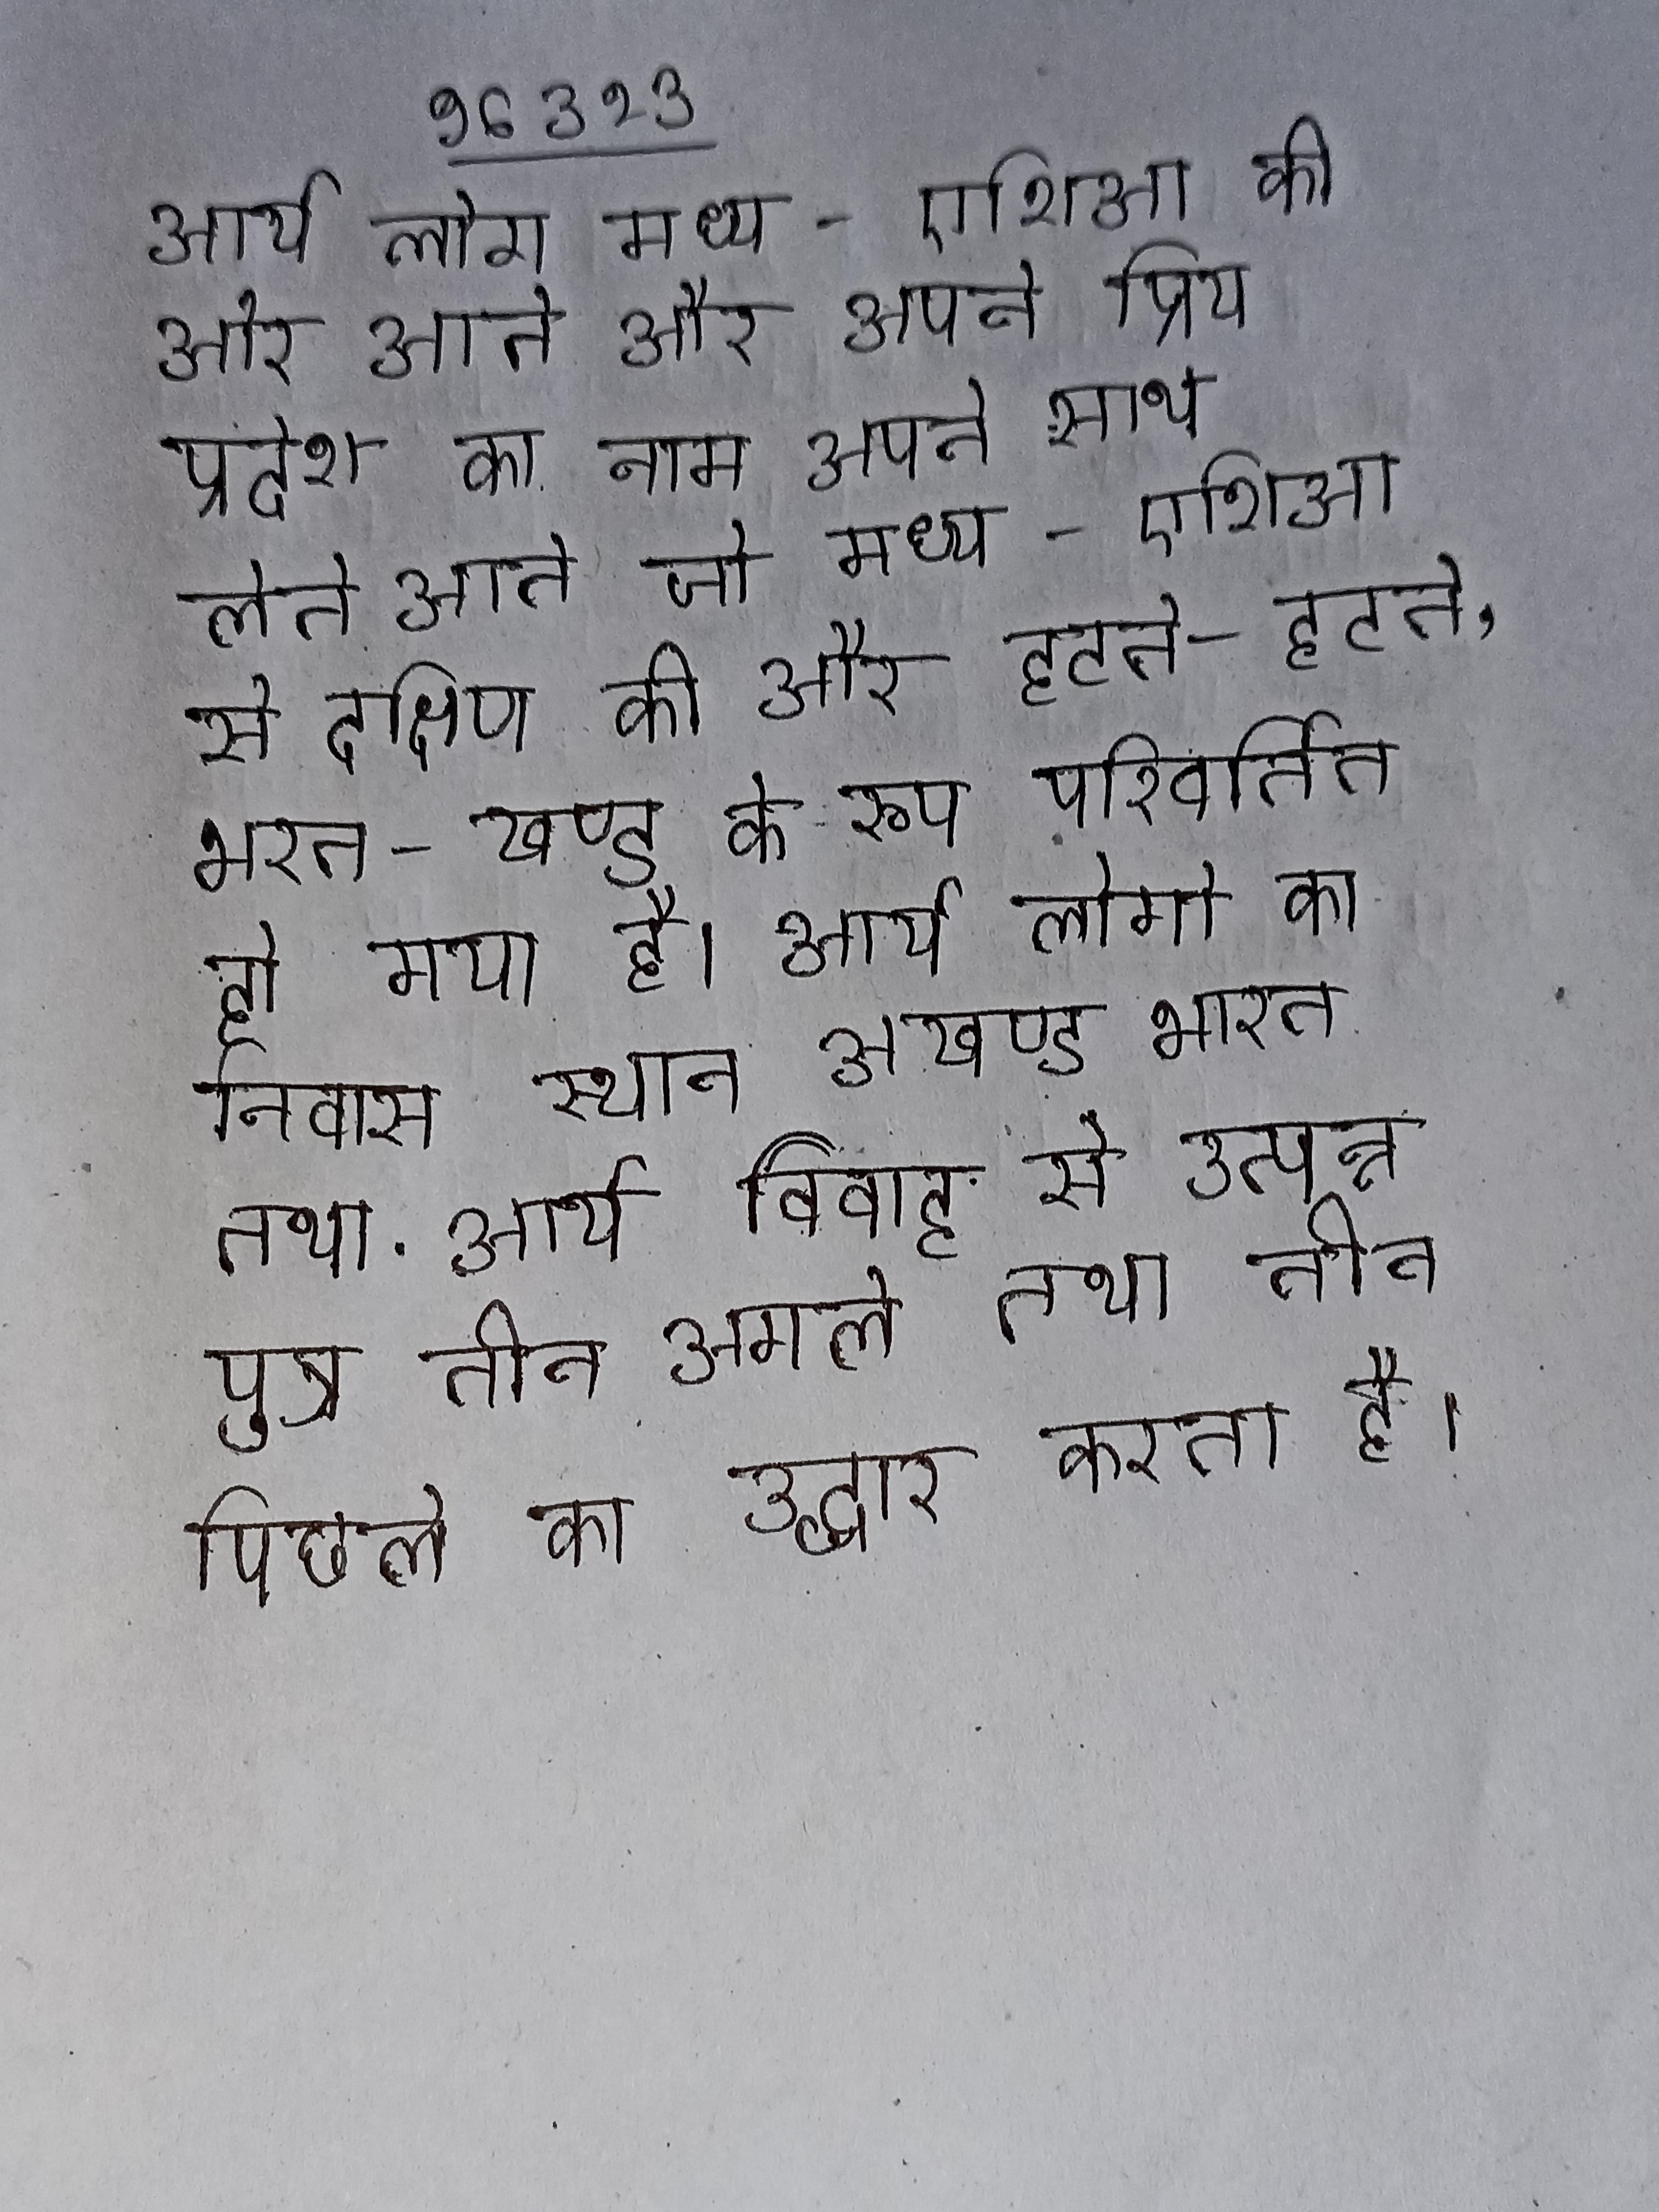
आर्य लोग मध्य-एशिआ की ओर आते और अपने प्रिय प्रदेश का नाम अपने साथ लेते आते जो मध्य-एशिआ से दक्षिण की ओर हटते-हटते, भरत-खण्ड के रूप परिवर्तित हो गया है । आर्य लोगो का निवास स्थान अखण्ड भारत तथा . आर्य विवाह से उत्पन्न पुत्र तीन अगले तथा तीन पिछले का उद्धार करता है ।